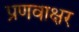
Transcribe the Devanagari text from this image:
प्रणवाक्षर